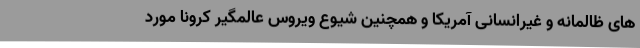
های ظالمانه و غیرانسانی آمریکا و همچنین شیوع ویروس عالمگیر کرونا مورد